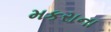
મકરાના